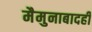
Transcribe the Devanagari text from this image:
मैमुनाबादही